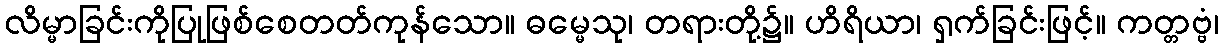
လိမ္မာခြင်းကိုပြုဖြစ်စေတတ်ကုန်သော။ ဓမ္မေသု၊ တရားတို့၌။ ဟိရိယာ၊ ရှက်ခြင်းဖြင့်။ ကတ္တဗ္ဗံ၊